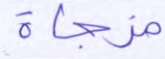
مزجاة